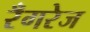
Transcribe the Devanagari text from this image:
रँगरेज